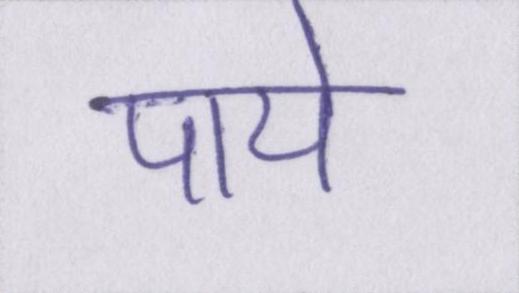
पाये